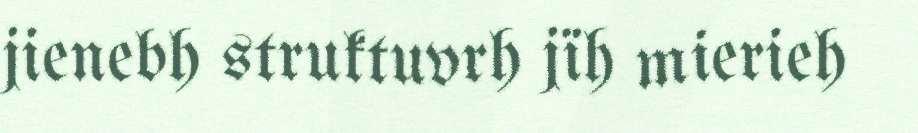
jienebh struktuvrh jïh mierieh